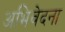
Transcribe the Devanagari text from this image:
अभिवेदना